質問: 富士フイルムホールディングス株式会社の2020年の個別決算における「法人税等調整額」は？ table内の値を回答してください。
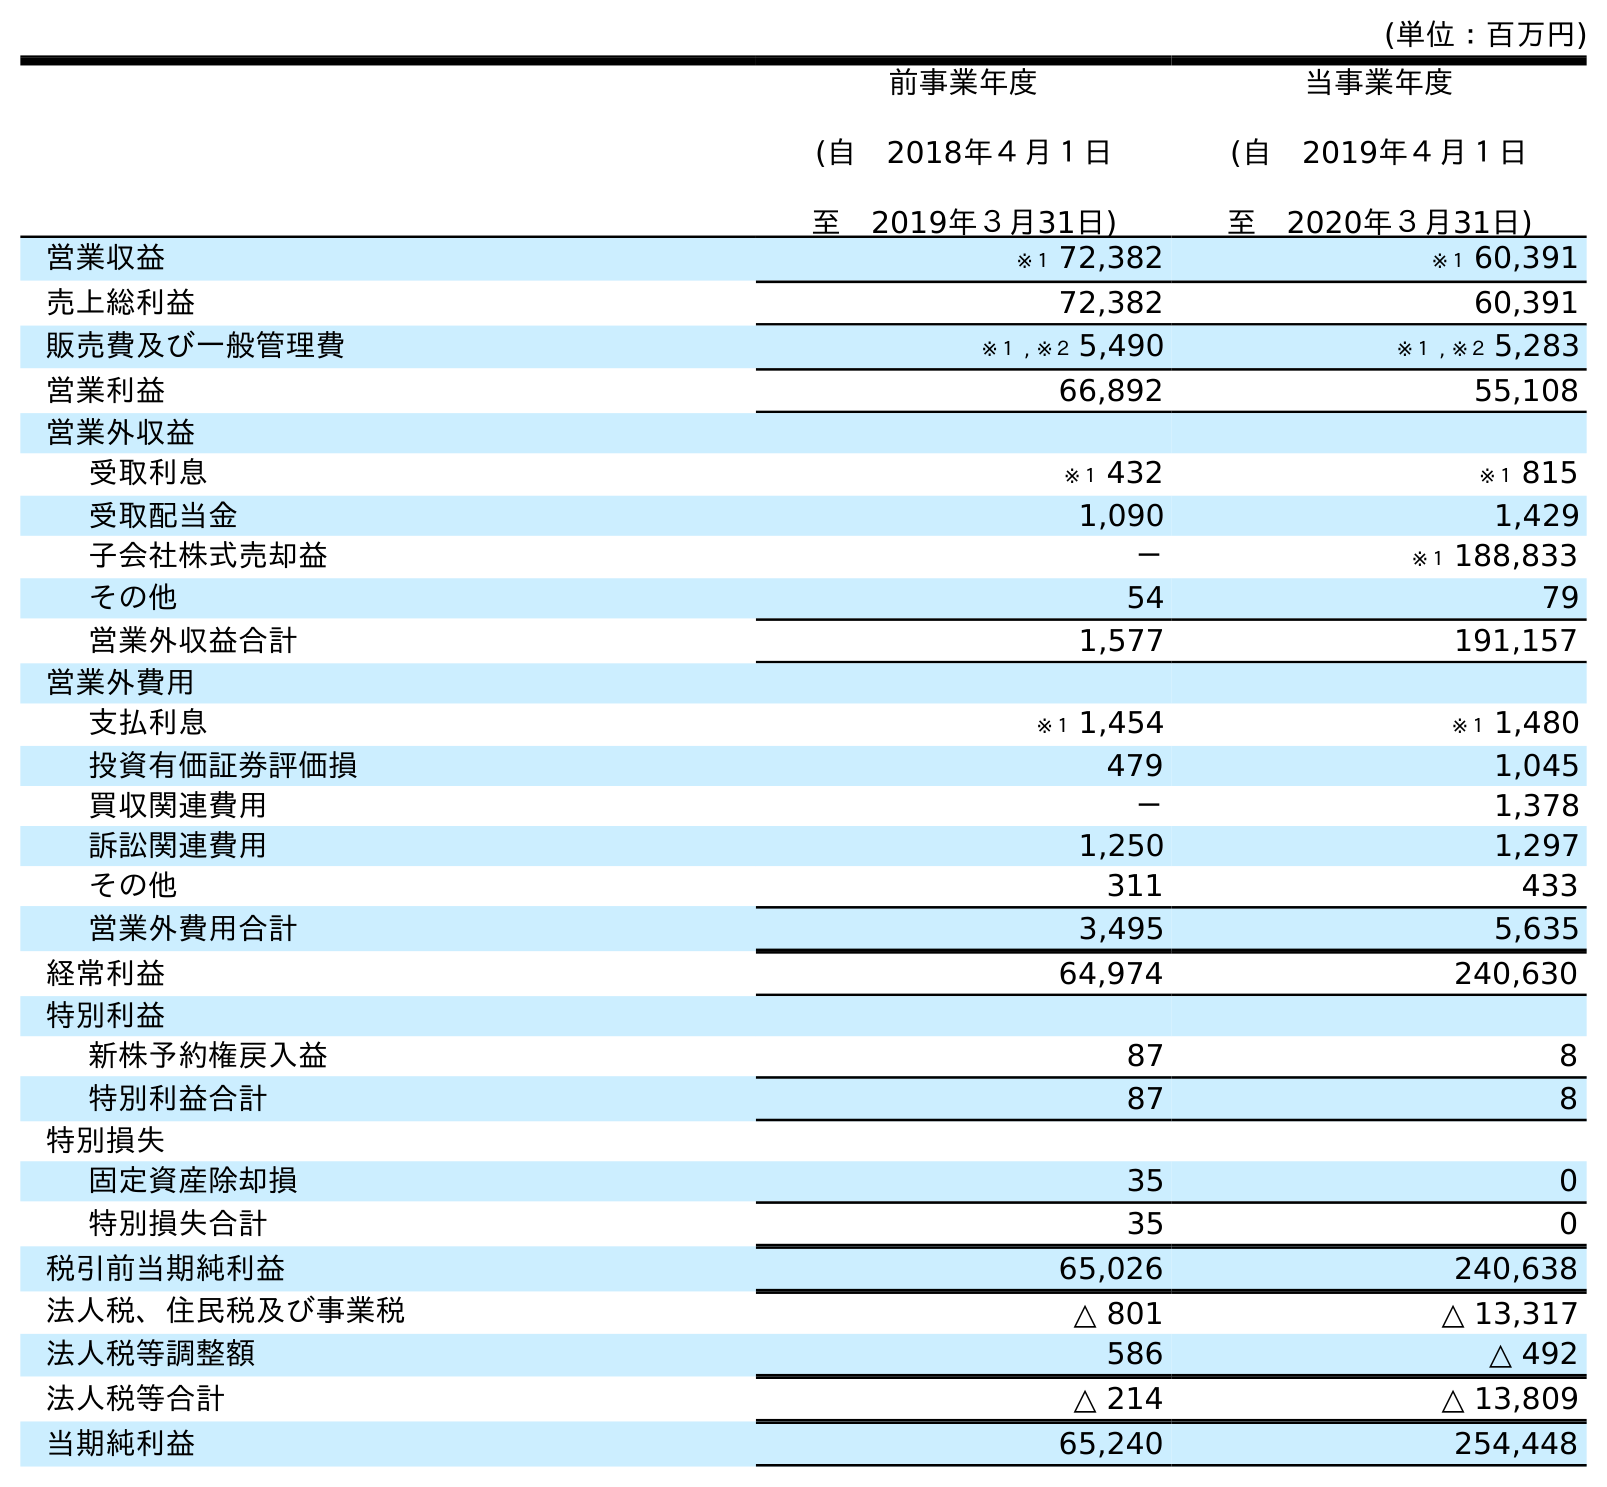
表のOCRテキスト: (単位：百万円) 前事業年度 (自 2018年４月１日 至 2019年３月31日) 当事業年度 (自 2019年４月１日 至 2020年３月31日) 営業収益 ※１ 72,382 ※１ 60,391 売上総利益 72,382 60,391 販売費及び一般管理費 ※１ , ※２ 5,490 ※１ , ※２ 5,283 営業利益 66,892 55,108 営業外収益 受取利息 ※１ 432 ※１ 815 受取配当金 1,090 1,429 子会社株式売却益 － ※１ 188,833 その他 54 79 営業外収益合計 1,577 191,157 営業外費用 支払利息 ※１ 1,454 ※１ 1,480 投資有価証券評価損 479 1,045 買収関連費用 － 1,378 訴訟関連費用 1,250 1,297 その他 311 433 営業外費用合計 3,495 5,635 経常利益 64,974 240,630 特別利益 新株予約権戻入益 87 8 特別利益合計 87 8 特別損失 固定資産除却損 35 0 特別損失合計 35 0 税引前当期純利益 65,026 240,638 法人税、住民税及び事業税 △ 801 △ 13,317 法人税等調整額 586 △ 492 法人税等合計 △ 214 △ 13,809 当期純利益 65,240 254,448
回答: △492